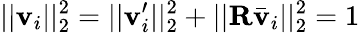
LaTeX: ||\mathbf{v}_{i}||_{2}^{2}=||\mathbf{v}_{i}^{\prime}||_{2}^{2}+||\mathbf{R}\bar{\mathbf{v}}_{i}||_{2}^{2}=1